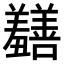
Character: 𫅡